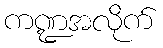
ကဏ္ဍအလိုက်